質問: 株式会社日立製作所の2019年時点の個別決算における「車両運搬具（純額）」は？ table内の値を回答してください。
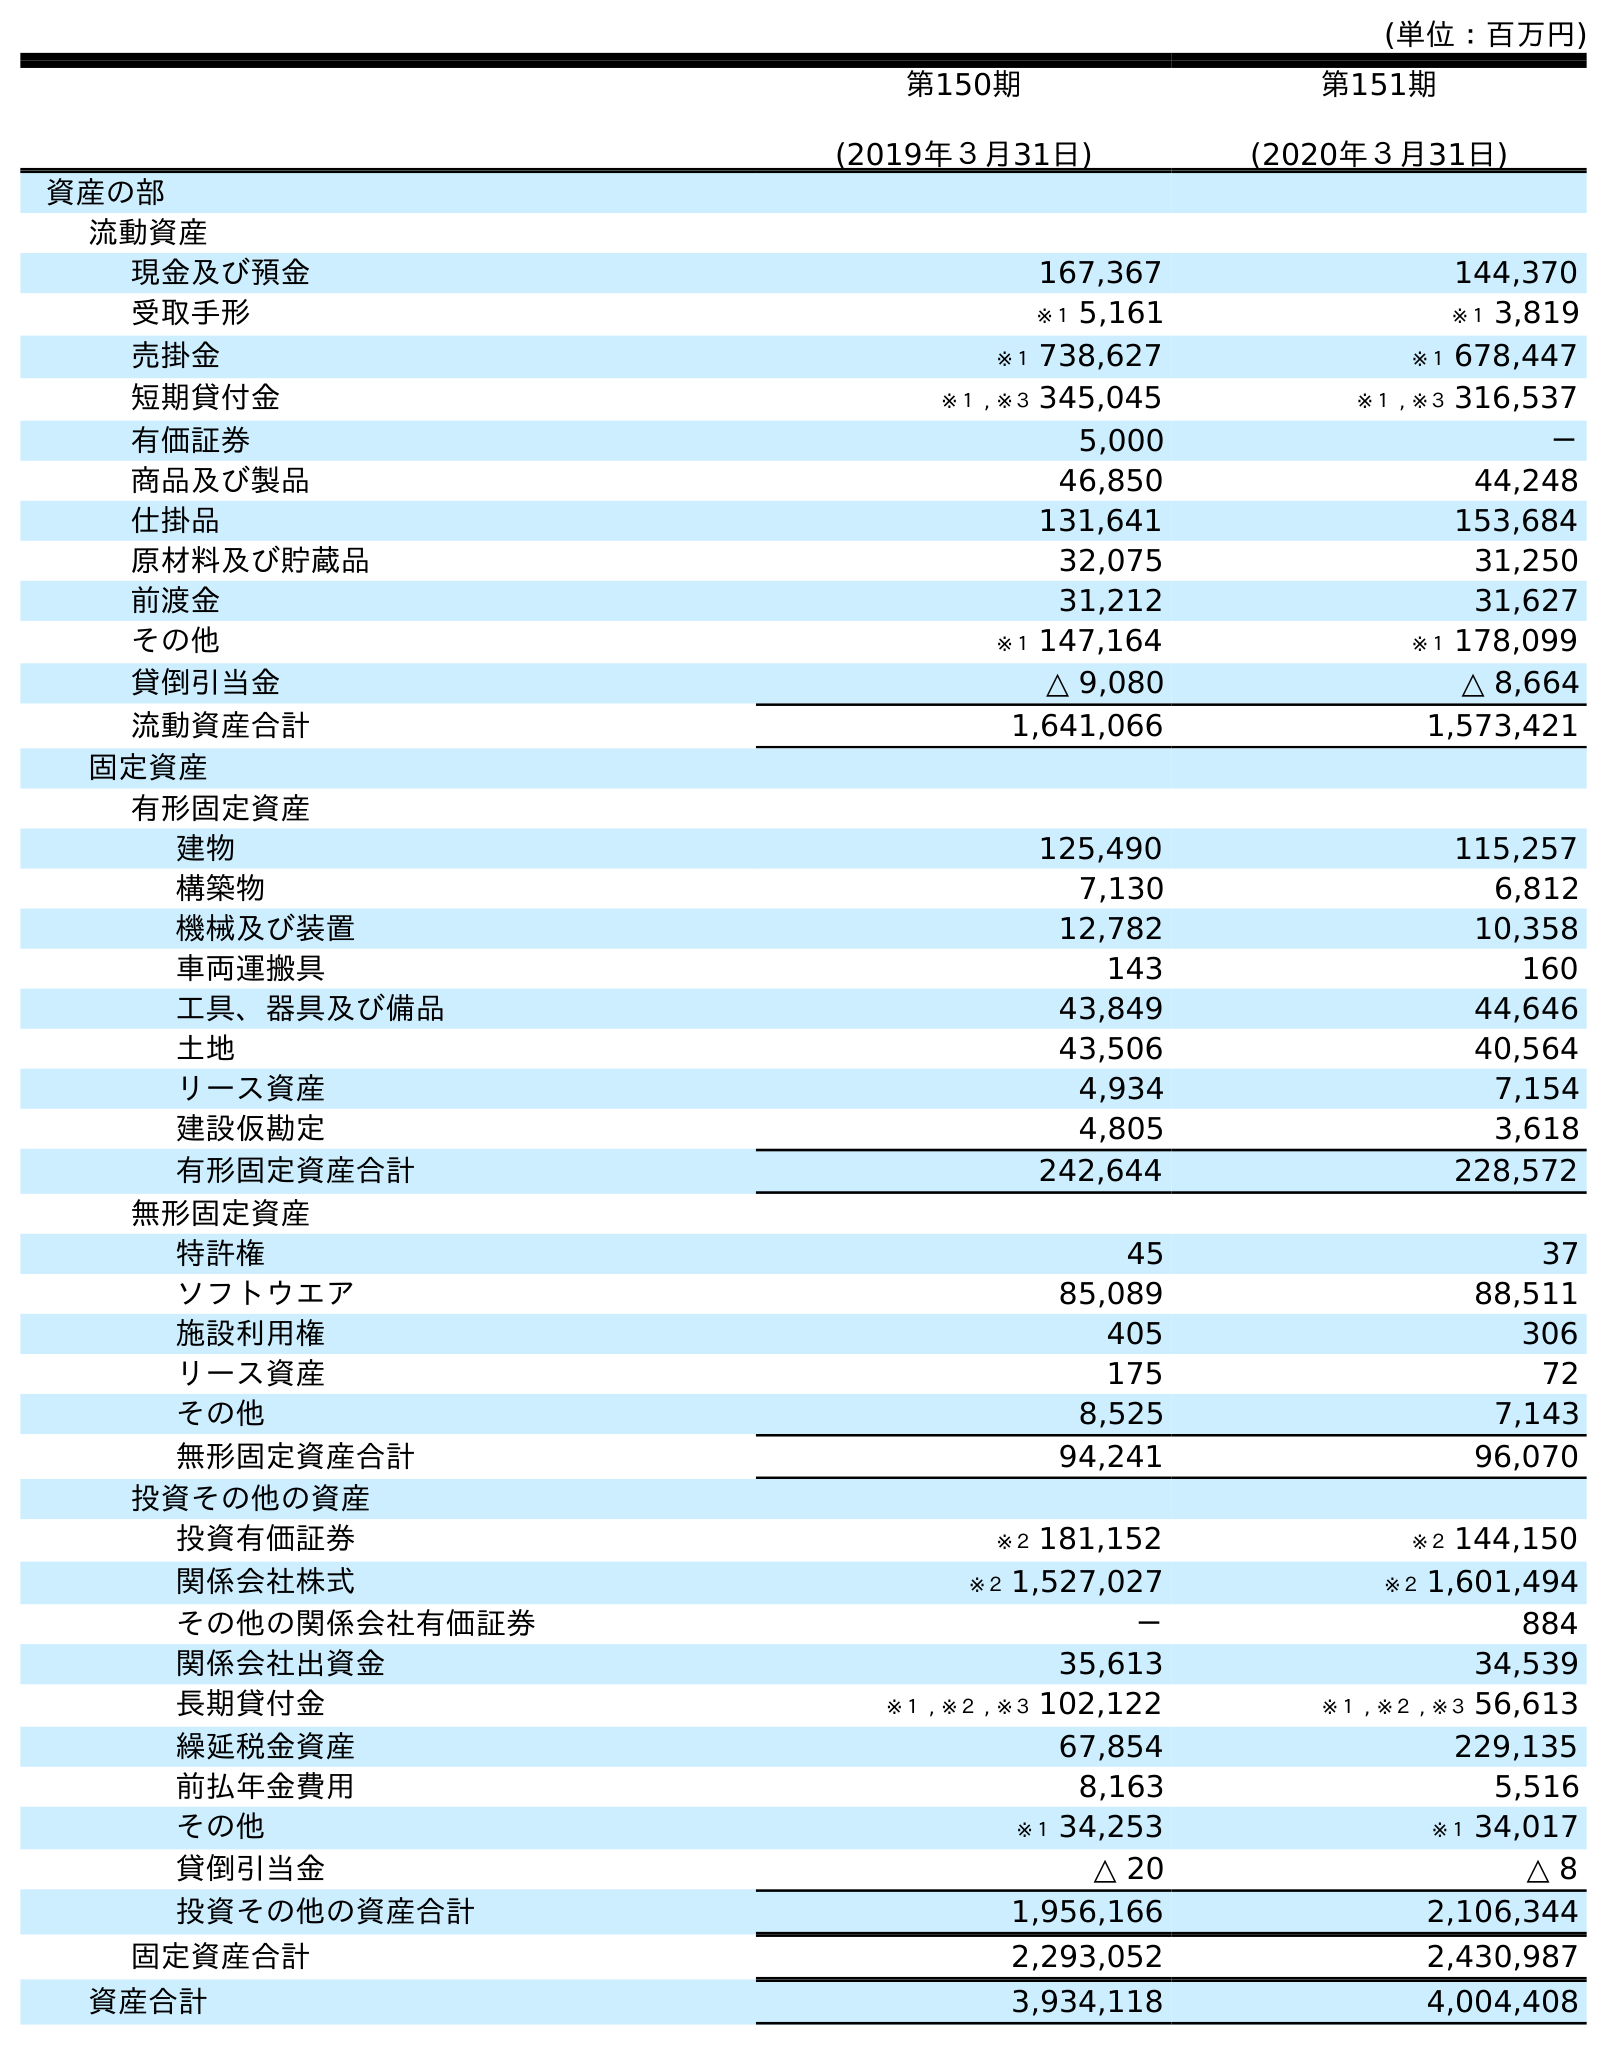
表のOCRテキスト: (単位：百万円) 第150期 (2019年３月31日) 第151期 (2020年３月31日) 資産の部 流動資産 現金及び預金 167,367 144,370 受取手形 ※１ 5,161 ※１ 3,819 売掛金 ※１ 738,627 ※１ 678,447 短期貸付金 ※１ , ※３ 345,045 ※１ , ※３ 316,537 有価証券 5,000 － 商品及び製品 46,850 44,248 仕掛品 131,641 153,684 原材料及び貯蔵品 32,075 31,250 前渡金 31,212 31,627 その他 ※１ 147,164 ※１ 178,099 貸倒引当金 △ 9,080 △ 8,664 流動資産合計 1,641,066 1,573,421 固定資産 有形固定資産 建物 125,490 115,257 構築物 7,130 6,812 機械及び装置 12,782 10,358 車両運搬具 143 160 工具、器具及び備品 43,849 44,646 土地 43,506 40,564 リース資産 4,934 7,154 建設仮勘定 4,805 3,618 有形固定資産合計 242,644 228,572 無形固定資産 特許権 45 37 ソフトウエア 85,089 88,511 施設利用権 405 306 リース資産 175 72 その他 8,525 7,143 無形固定資産合計 94,241 96,070 投資その他の資産 投資有価証券 ※２ 181,152 ※２ 144,150 関係会社株式 ※２ 1,527,027 ※２ 1,601,494 その他の関係会社有価証券 － 884 関係会社出資金 35,613 34,539 長期貸付金 ※１ , ※２ , ※３ 102,122 ※１ , ※２ , ※３ 56,613 繰延税金資産 67,854 229,135 前払年金費用 8,163 5,516 その他 ※１ 34,253 ※１ 34,017 貸倒引当金 △ 20 △ 8 投資その他の資産合計 1,956,166 2,106,344 固定資産合計 2,293,052 2,430,987 資産合計 3,934,118 4,004,408
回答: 143